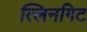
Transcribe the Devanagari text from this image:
त्लिनगिट